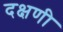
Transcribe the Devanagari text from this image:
दक्षणी